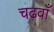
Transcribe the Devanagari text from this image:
चढ़वाँ